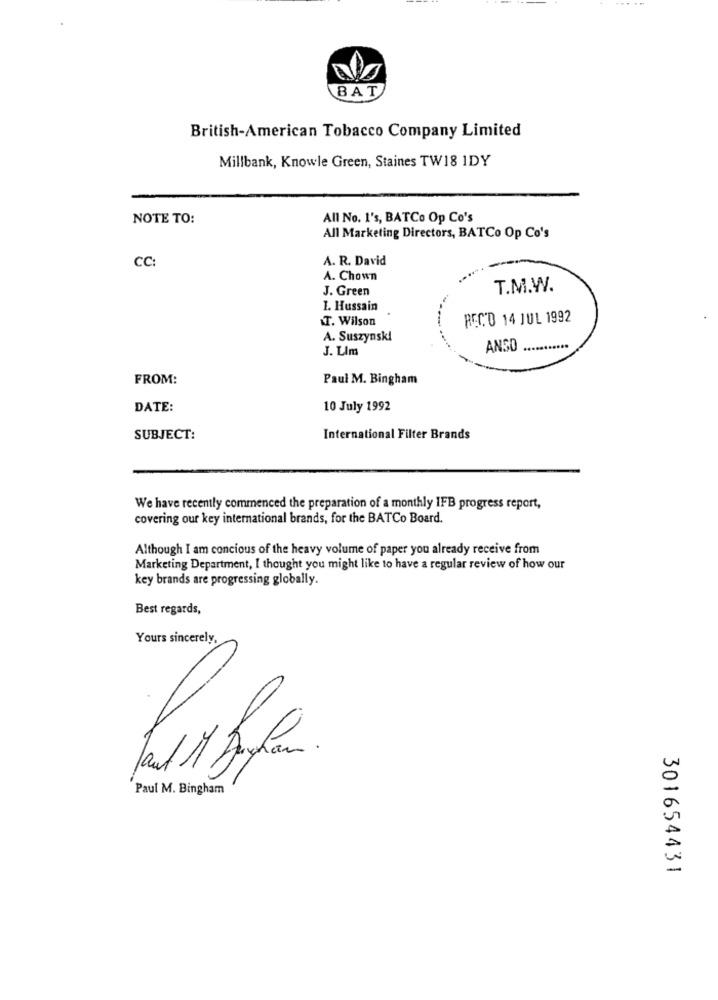
BAT
British-American Tobacco Company Limited
Millbank, Knowle Green, Staines TW18 1DY
NOTE TO:
All No. 1's, BATCo Op Co's
All Marketing Directors, BATCo Op Co's
CC:
A. R. David
A. Chown
J. Green
T.M.W.
1. Hussain
T. Wilson
REC'D 14 JUL 1992
A. Suszynski
J. LIm
ANSO
FROM:
Paul M. Bingham
DATE:
10 July 1992
SUBJECT:
International Filter Brands
We have recently commenced the preparation of a monthly IFB progress report,
covering our key international brands, for the BATCo Board.
Although I am concious of the heavy volume of paper you already receive from
Marketing Department, I thought you might like to have a regular review of how our
key brands are progressing globally.
Best regards,
Yours sincerely,
Paul M. Bingham
301654431